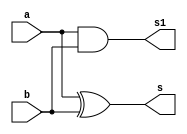
// -------------------------
// Exemplo0021  FULL ADDER 
// Nome: Lucas Siqueira Chagas
// ------------------------- 

// -------------------------
//  Halth adder 
// ------------------------- 
module HA (output s, output s1,
 input a,  
 input b); 
//xor (s,a,b);
//and(s1,a,b);
//EXPERIMENTAR
xor XOR1(s,a,b);
and AND1(s1,a,b);


endmodule //HA


// -------------------------
//  full adder
// -------------------------
module FA (output s, output carry,
 input a,
 input b,
 input carryIn);
wire w1,w0,w3;

 HA h1 (w1,w0,a,b);
 HA h2 (s,w3, carryIn, w1);
// or(carry,w3,w0);
// EXPERIMENTAR
 or OR1(carry,w3,w0);


endmodule // fullAdder

module test_fullAdder;
// ------------------------- definir dados
reg [3:0] x;
reg [3:0] y;
reg carryIn;
wire [3:0] soma;
wire  carry, carry1, carry2,carry3;

FA f1 (soma[0],carry,x[0],y[0], carryIn);
FA f2 (soma[1],carry1,x[1],y[1], carry);
FA f3 (soma[2],carry2,x[2],y[2], carry1);
FA f4 (soma[3],carry3,x[3],y[3], carry2);

 
// ------------------------- parte principal 
 initial begin 
$display("Exemplo0021 - Lucas Siqueira Chagas - 380783"); 
$display("Test ALUs full adder"); 

x = 4'b0001;  y = 4'b0001;  carryIn = 1'b1;
#1
$display("%4b + %4b = %b Carry: %1b",x,y,soma, carryIn);
#1
x = 4'b0011;  y = 6'b0101;  carryIn = 1'b0;
$display("%6b + %6b = %b Carry: %1b",x,y,soma, carryIn);
#1
x = 4'b1111;  y = 6'b0000;  carryIn = 1'b1;
$display("%6b + %6b = %b Carry: %1b",x,y,soma, carryIn);
 
 end 
 
endmodule // test_fullAdder